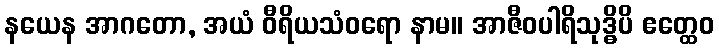
နယေန အာဂတော, အယံ ဝီရိယသံဝရော နာမ။ အာဇီဝပါရိသုဒ္ဓိပိ ဧတ္ထေဝ